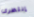
إنتظرى